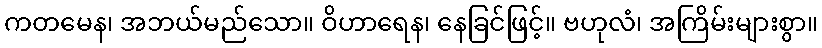
ကတမေန၊ အဘယ်မည်သော။ ဝိဟာရေန၊ နေခြင်ဖြင့်။ ဗဟုလံ၊ အကြိမ်းများစွာ။